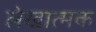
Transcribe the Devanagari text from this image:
लेखात्मक